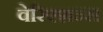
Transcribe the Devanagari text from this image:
वेरिएशन्स